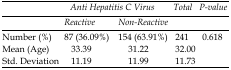
<table><thead><tr><td></td><td colspan="2"><b>Anti Hepatitis C Virus</b></td><td><b>Total</b></td><td><b>P-value</b></td></tr><tr><td></td><td><b>Reactive</b></td><td><b>Non-Reactive</b></td><td></td><td></td></tr></thead><tbody><tr><td>Number (%)</td><td>87 (36.09%)</td><td>154 (63.91%)</td><td>241</td><td>0.618</td></tr><tr><td>Mean (Age)</td><td>33.39</td><td>31.22</td><td>32.00</td><td></td></tr><tr><td>Std. Deviation</td><td>11.19</td><td>11.99</td><td>11.73</td><td></td></tr></tbody></table>